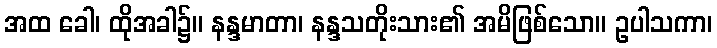
အထ ခေါ၊ ထိုအခါ၌။ နန္ဒမာတာ၊ နန္ဒသတိုးသား၏ အမိဖြစ်သော။ ဥပါသကာ၊